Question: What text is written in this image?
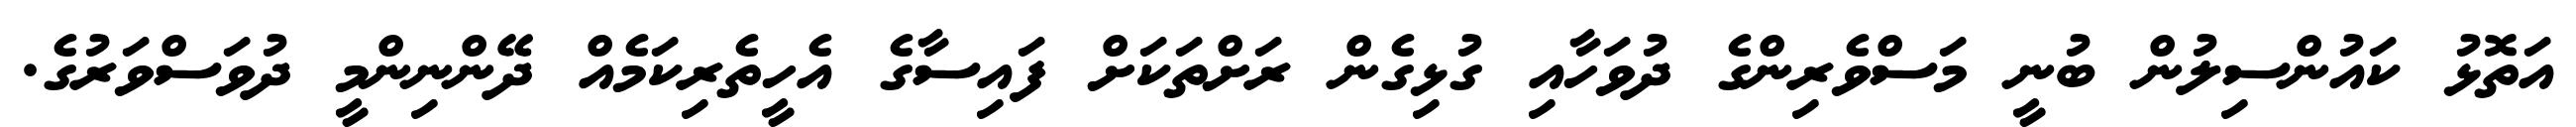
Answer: އަތޮޅު ކައުންސިލުން ބުނީ މަސްވެރިންގެ ދުވަހާއި ގުޅިގެން ރަށްތަކަށް ފައިސާގެ އެހީތެރިކަމެއް ދޭންނިންމީ ދުވަސްވަރުގެ.